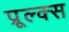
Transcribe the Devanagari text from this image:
प्रूल्क्स